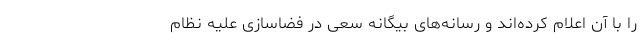
را با آن اعلام کرده‌اند و رسانه‌های بیگانه سعی در فضاسازی علیه نظام